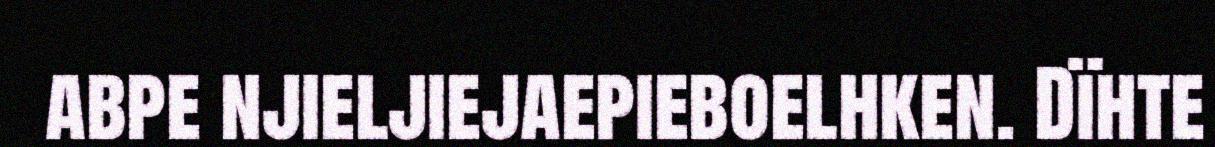
abpe njieljiejaepieboelhken. Dïhte